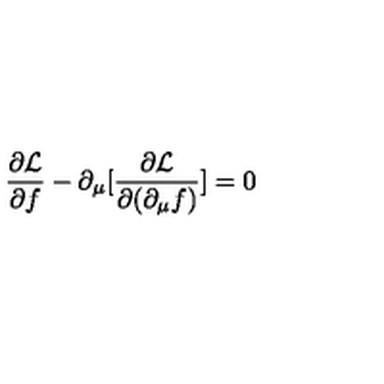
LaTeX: \frac { \partial { \cal L } } { \partial f } - \partial _ { \mu } [ \frac { \partial { \cal L } } { \partial ( \partial _ { \mu } f ) } ] = 0